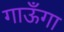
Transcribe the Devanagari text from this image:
गाऊँगा